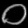
Digit: ၀